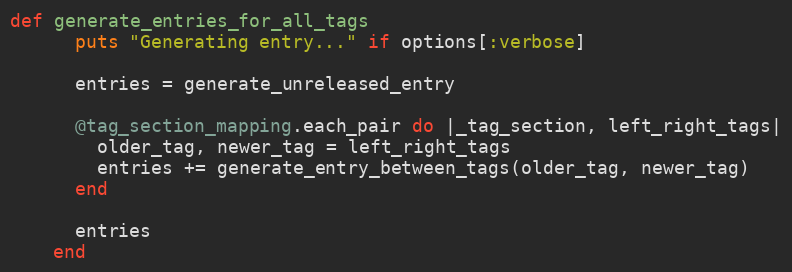
Language: Ruby
def generate_entries_for_all_tags
      puts "Generating entry..." if options[:verbose]

      entries = generate_unreleased_entry

      @tag_section_mapping.each_pair do |_tag_section, left_right_tags|
        older_tag, newer_tag = left_right_tags
        entries += generate_entry_between_tags(older_tag, newer_tag)
      end

      entries
    end